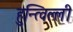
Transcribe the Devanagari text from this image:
हुन्त्विल्ली